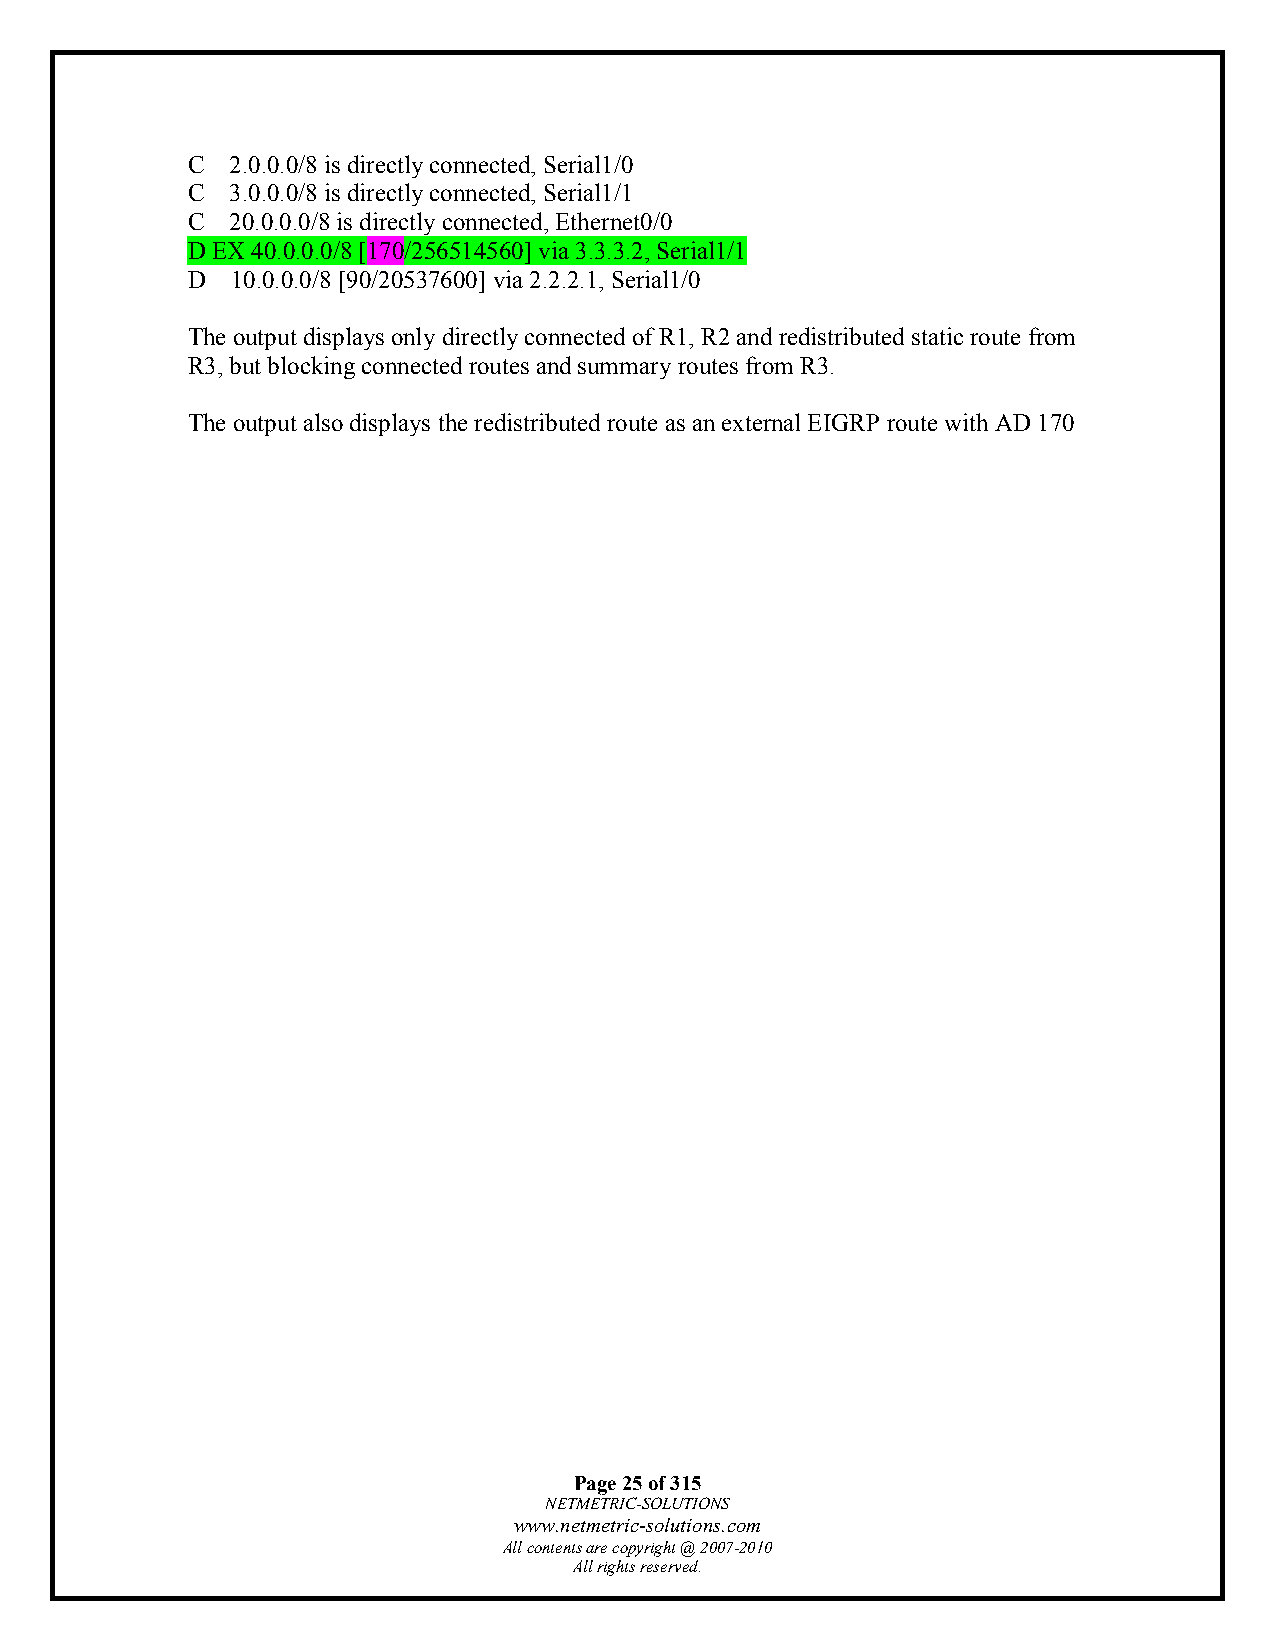
C  2.0.0.0/8 is directly connected, Serial1/0
 C  3.0.0.0/8 is directly connected, Serial1/1
 C  20.0.0.0/8 is directly connected, Ethernet0/0
 D EX 40.0.0.0/8 [170/256514560] via 3.3.3.2, Serial1/1
 D  10.0.0.0/8 [90/20537600] via 2.2.2.1, Serial1/0
 The output displays only directly connected of R1, R2 and redistributed static route from
 R3, but blocking connected routes and summary routes from R3.
 The output also displays the redistributed route as an external EIGRP route with AD 170
 Page 25 of 315
 NETMETRIC-SOLUTIONS
 www.netmetric-solutions.com
 All contents are copyright @ 2007-2010
 All rights reserved.